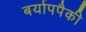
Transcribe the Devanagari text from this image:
बर्यापपैकी